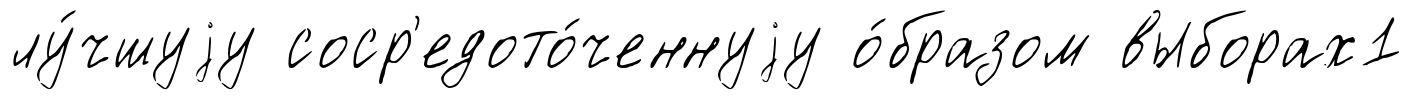
лу́чшуjу соср'едото́ченнуjу о́бразом выборах1